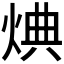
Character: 𪸸